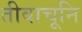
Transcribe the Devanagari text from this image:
तीवाचूनि